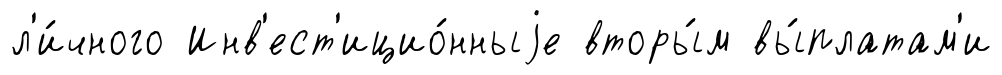
л'и́чного Инв'ест'ицио́нныjе вторы́м вы́платам'и